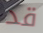
قد